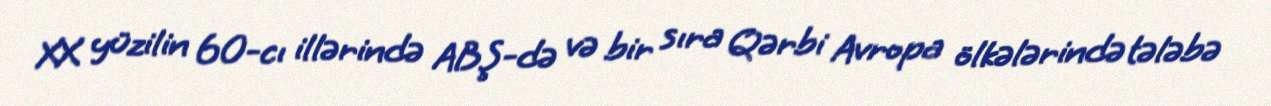
XX yüzilin 60-cı illərində ABŞ-də və bir sıra Qərbi Avropa ölkələrində tələbə